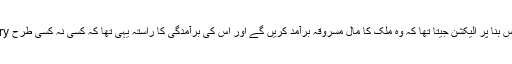
تحریک انصاف نے اس بنا پر الیکشن جیتا تھا کہ وہ ملک کا مال مسروقہ برآمد کریں گے اور اس کی برآمدگی کا راستہ یہی تھا کہ کسی نہ کسی طرح Recovery کی جاتی۔